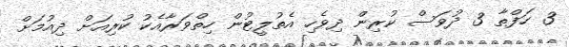
3 ހަފްތާ 3 ދުވަސް ކުރިން ދިވެހި އެތުލީޓުން ހިތްވަރާއެކު ކުރިއަށް ދިއުމަށް